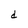
Character: d